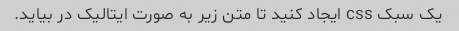
یک سبک css ایجاد کنید تا متن زیر به صورت ایتالیک در بیاید.